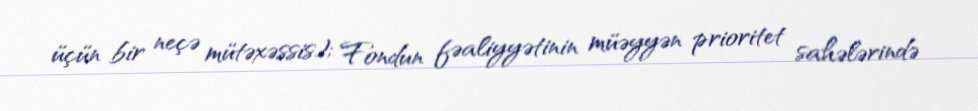
üçün bir neçə mütəxəssis); Fondun fəaliyyətinin müəyyən prioritet sahələrində